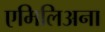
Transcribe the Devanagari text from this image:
एमिलिअना